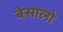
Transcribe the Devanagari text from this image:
बेसालो